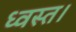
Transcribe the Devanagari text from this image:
ध्वस्त।